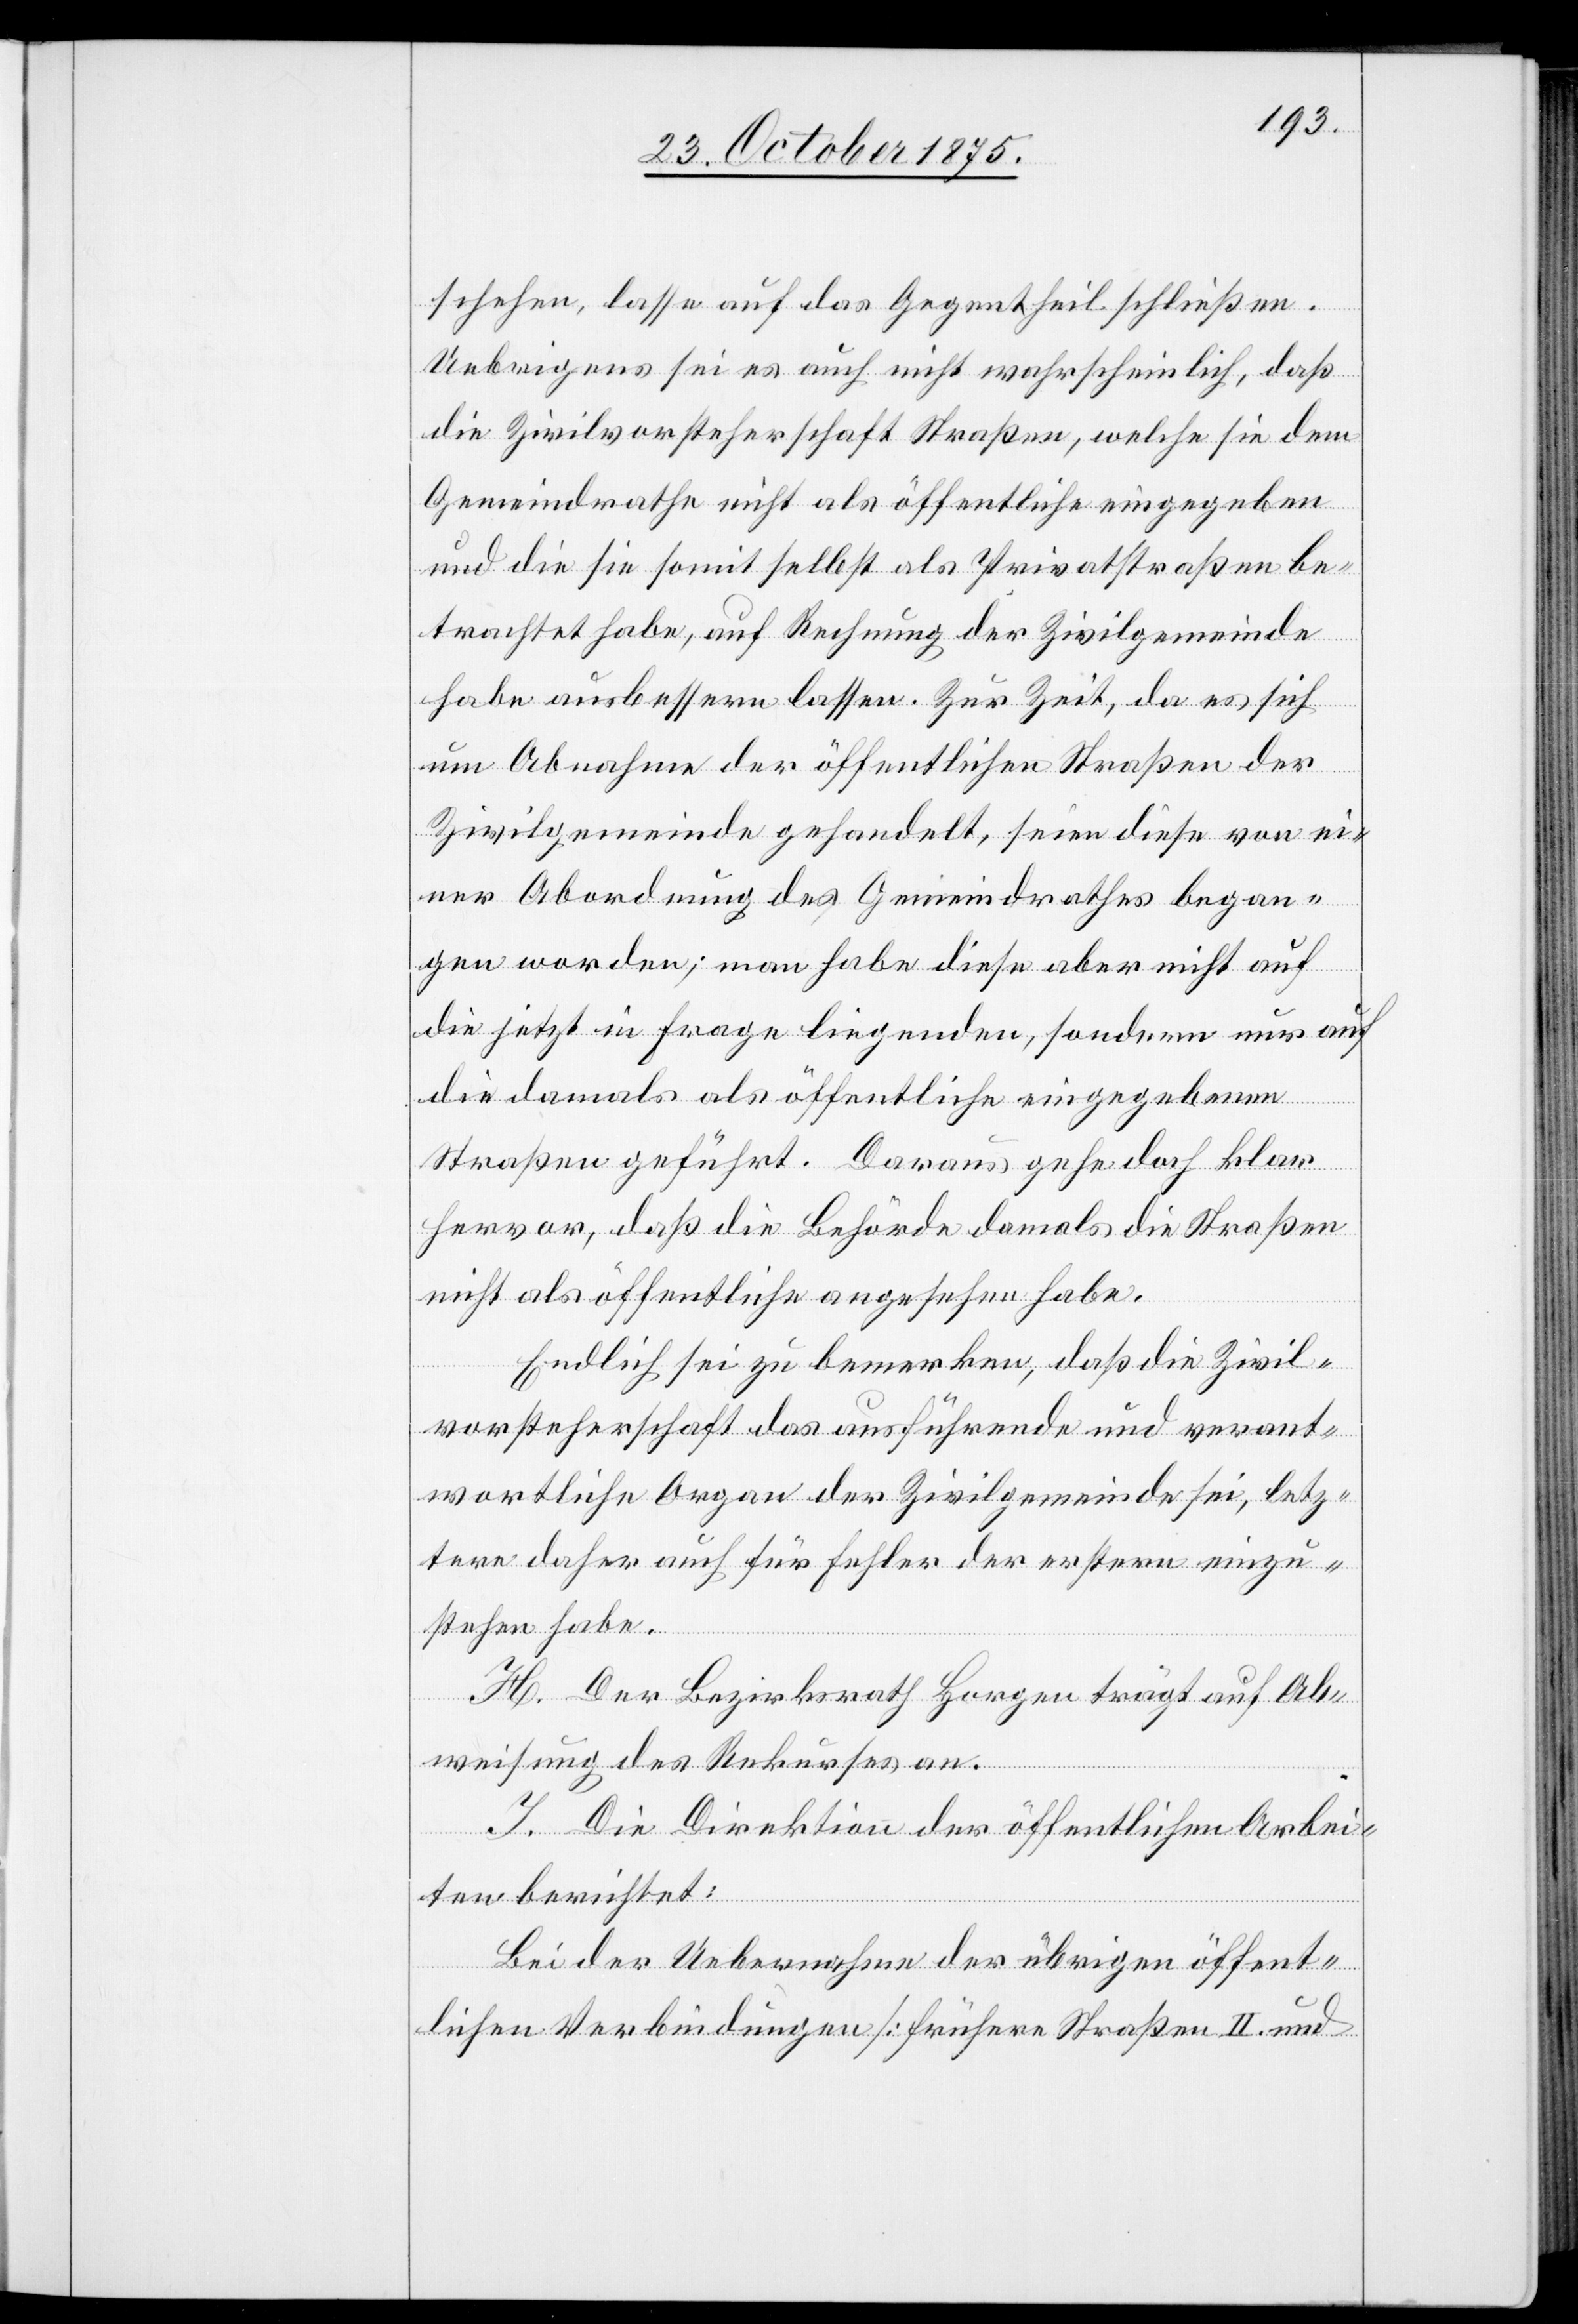
schehen, lasse auf das Gegentheil schließen.
Uebrigens sei es auch nicht wahrscheinlich, daß
die Zivilvorsteherschaft Straßen, welche sie dem
Gemeindrathe nicht als öffentliche eingegeben
und die sie somit selbst als Privatstraßen be¬
trachtet habe, auf Rechnung der Zivilgemeinde
habe ausbessern lassen. Zur Zeit, da es sich
um Abnahme der öffentlichen Straßen der
Zivilgemeinde gehandelt, seien diese von ei¬
ner Abordnung des Gemeindrathes began¬
gen worden; man habe diese aber nicht auf
die jetzt in Frage liegenden, sondern nur auf
die damals als öffentliche eingegebenen
Straßen geführt. Daraus gehe doch klar
hervor, daß die Behörde damals die Straßen
nicht als öffentliche angesehen habe.
Endlich sei zu bemerken, daß die Zivil¬
vorsteherschaft das ausführende und verant¬
wortliche Organ der Zivilgemeinde sei, letz¬
tere daher auch für Fehler der erstern einzu¬
stehen habe.
H. Der Bezirksrath Horgen trägt auf Ab¬
weisung des Rekurses an.
I. Die Direktion der öffentlichen Arbei¬
ten berichtet:
Bei der Uebernahme der übrigen öffent¬
lichen Verbindungen [frühere Straßen II. und